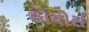
હોયોસ